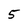
Character: 5